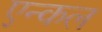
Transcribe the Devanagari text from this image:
एन्कल